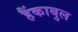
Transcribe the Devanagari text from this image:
हैंकाबुल